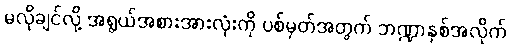
မလိုချင်လို့ အရွယ်အစားအားလုံးကို ပစ်မှတ်အတွက် ဘဏ္ဍာနှစ်အလိုက်